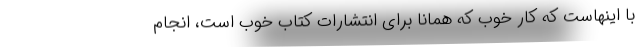
با اینهاست که کار خوب که همانا برای انتشارات کتاب خوب است، انجام